Civil Veterinary Department Bengal reports 1933-51 - 1933-1951
Year: 1933
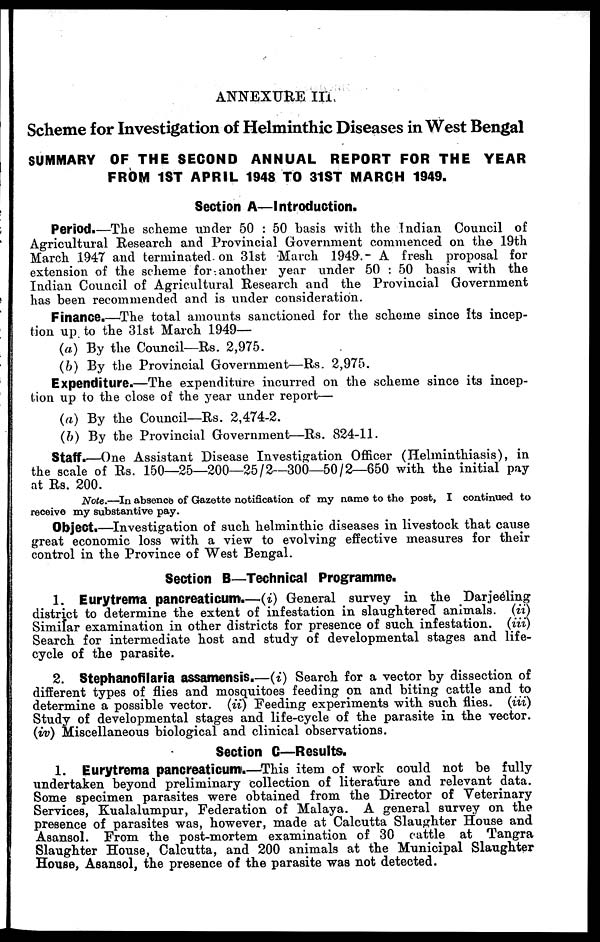
ANNEXURE III.
Scheme for Investigation of Helminthic Diseases in West Bengal
SUMMARY OF THE 8EC0ND ANNUAL REPORT FOR THE YEAR
FROM 1ST APRIL 1948 TO 318T MARCH 1949.
Section A—Introduction.
Period.—The scheme under 50 : 50 basis with the Indian Council of
Agricultural Research and Provincial Government commenced on the 19th
March 1947 and terminated on 3lst March 1949. A fresh proposal for
extension of the scheme for another year under 50 : 50 basis with the
Indian Council of Agricultural Research and the Provincial Government
has been recommended and is under consideration.
Finance.—The total amounts sanctioned for the scheme since Its incep-
tion up to the 31st March 1949—
(a) By the Council—Rs. 2,975.
(b) By the Provincial Government—Rs. 2,975.
Expenditure.—The expenditure incurred on the scheme since its incep-
tion up to the close of the year under report—
(a) By the Council—Rs. 2,474-2.
(b) By the Provincial Government—Rs. 824-11.
Staff.—One Assistant Disease Investigation Officer (Helminthiasis), in
the scale of Rs. 150—25—200—25/2—300—50/2—650 with the initial pay
at Rs. 200.
Note.—In absence of Gazette notification of my name to the post, I continued to
receive my substantive pay.
Object.—Investigation of such helminthic diseases in livestock that cause
great economic loss with a view to evolving effective measures for their
control in the Province of West Bengal.
Section B—Technical Programme.
1. Eurytrema pancreaticum.—(i) General survey in the Darjeeling
district to determine the extent of infestation in slaughtered animals. (ii)
Similar examination in other districts for presence of such infestation.
(iii)
Search for intermediate host and study of developmental stages and life-
cycle of the parasite.
2. Stephanofilaria assamensis.—(i) Search for a vector by dissection of
different types of flies and mosquitoes feeding on and biting cattle and to
determine a possible vector. (ii) Feeding experiments with such flies. (iii)
Study of developmental stages and life-cycle of the parasite in the vector.
(iv) Miscellaneous biological and clinical observations.
Section C—Results.
1. Eurytrema pancreaticum.—This item of work could not be fully
undertaken beyond preliminary collection of literature and relevant data.
Some specimen parasites were obtained from the Director of Veterinary
Services, Kualalumpur, Federation of Malaya. A general survey on the
presence of parasites was, however, made at Calcutta Slaughter House and
Asansol. From the post-mortem examination of 30 cattle at Tangra
Slaughter House, Calcutta, and 200 animals at the Municipal Slaughter
House, Asansol, the presence of the parasite was not detected.